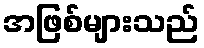
အဖြစ်များသည်